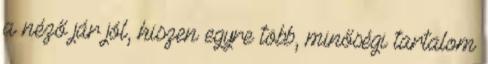
a néző jár jól, hiszen egyre több, minőségi tartalom